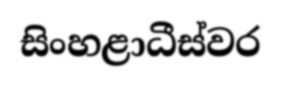
සිංහළාධීස්වර